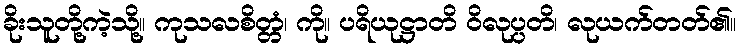
ခိုးသူတို့ကဲ့သို့။ ကုသလစိတ္တံ၊ ကို။ ပရိယုဋ္ဌာတိ ဝိလုပ္ပတိ၊ လုယက်တတ်၏။